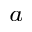
^ a